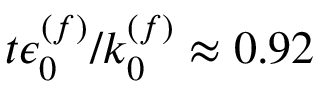
t \epsilon _ { 0 } ^ { ( f ) } / k _ { 0 } ^ { ( f ) } \approx 0 . 9 2